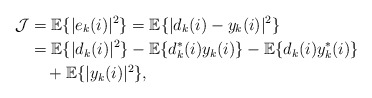
\begin{align*}\mathcal{J}&= \mathbb{E}\{|e_k(i)|^2\}= \mathbb{E}\{|d_k(i)-y_k(i)|^2\} \\&=\mathbb{E}\{|d_k(i)|^2\}-\mathbb{E}\{d_k^*(i)y_k(i)\}-\mathbb{E}\{d_k(i)y_k^*(i)\}\\&\ \ \ +\mathbb{E}\{|y_k(i)|^2\},\end{align*}